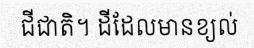
ជីជាតិ។ ដីដែលមានខ្យល់